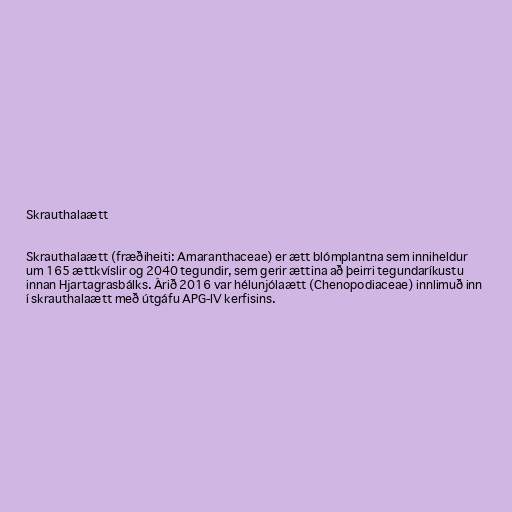
Skrauthalaætt

Skrauthalaætt (fræðiheiti: Amaranthaceae) er ætt blómplantna sem inniheldur
um 165 ættkvíslir og 2040 tegundir, sem gerir ættina að þeirri tegundaríkustu
innan Hjartagrasbálks. Árið 2016 var hélunjólaætt (Chenopodiaceae) innlimuð inn
í skrauthalaætt með útgáfu APG-IV kerfisins.